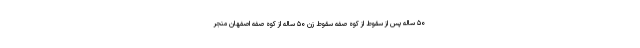
۵۰ ساله پس از سقوط از کوه صفه سقوط زن ۵۰ ساله از کوه صفه اصفهان منجر